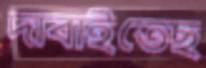
দাবাইতেছ